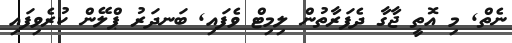
ނެތް